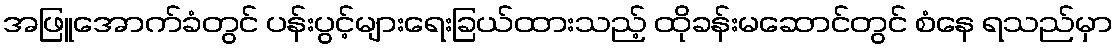
အဖြူအောက်ခံတွင် ပန်းပွင့်များရေးခြယ်ထားသည့် ထိုခန်းမဆောင်တွင် စံနေ ရသည်မှာ